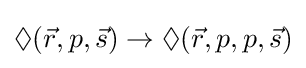
\Diamond ({\vec {r}},p,{\vec {s}})\rightarrow \Diamond ({\vec {r}},p,p,{\vec {s}})